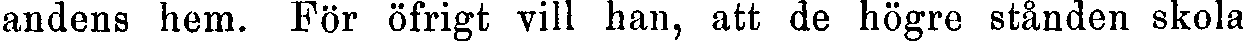
andens hem. För öfrigt vill han, att de högre stånden skola